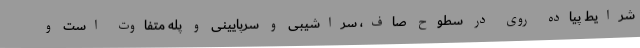
شرایط پیاده روی در سطوح صاف، سراشیبی و سرپایینی و پله متفاوت است و